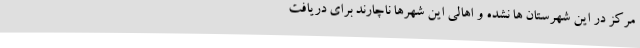
مرکز در این شهرستان ها نشده و اهالی این شهرها ناچارند برای دریافت